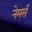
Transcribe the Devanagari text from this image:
नेमर्स